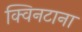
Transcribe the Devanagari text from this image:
क्विनटाना